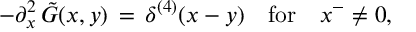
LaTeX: - \partial _ { x } ^ { 2 } \, \tilde { G } ( x , y ) \, = \, \delta ^ { ( 4 ) } ( x - y ) \quad \mathrm { f o r } \quad x ^ { - } \ne 0 ,